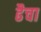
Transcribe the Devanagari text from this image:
ढैचा